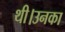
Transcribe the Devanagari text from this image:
थी।उनका